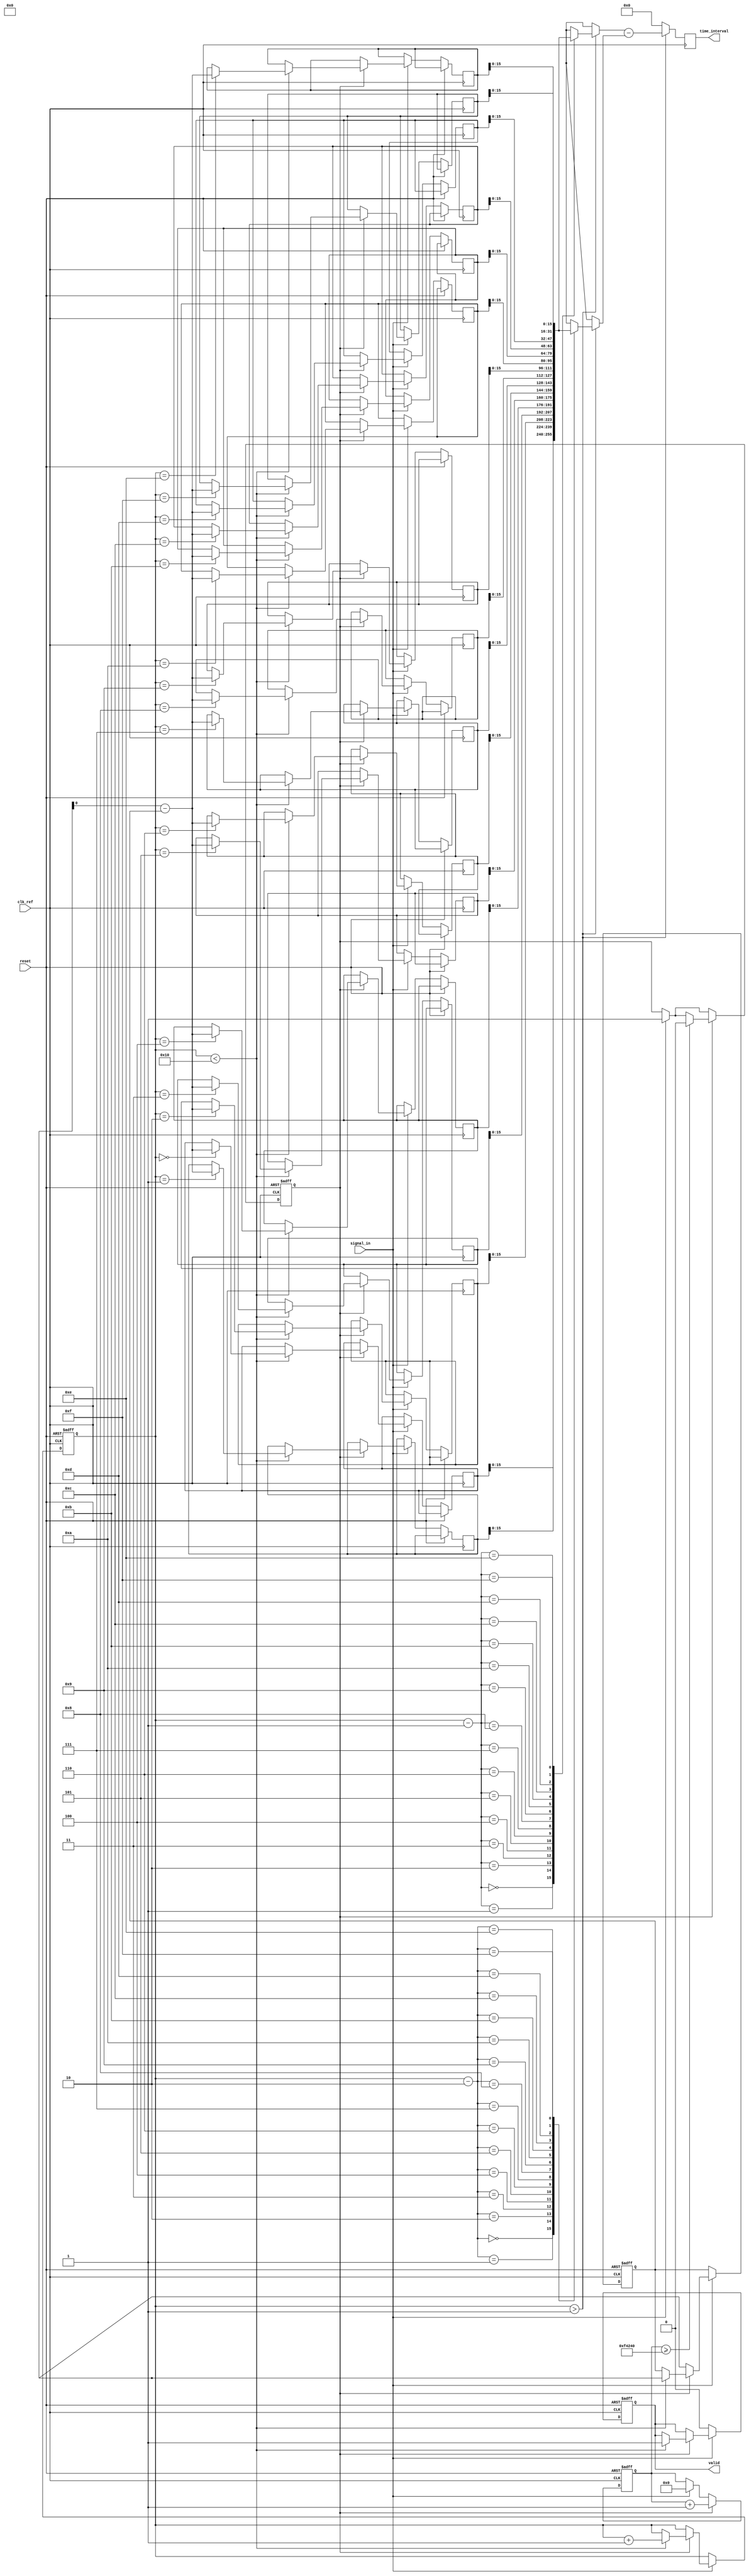
module TDC (
    input wire clk_ref,                // Reference clock
    input wire reset,                  // Asynchronous reset
    input wire signal_in,              // Input signal for edge detection
    output reg [15:0] time_interval,   // Output time interval
    output reg valid                   // Output valid signal
);

    // Parameter definitions
    parameter MEM_DEPTH = 16;          // Depth of memory for storing timestamps
    parameter TS_WIDTH = 32;            // Width of timestamp
    parameter TIMEOUT = 1000000;        // Timeout for measurement (in clock cycles)

    // Internal signals
    reg [TS_WIDTH-1:0] timestamp_mem [0:MEM_DEPTH-1]; // Memory array for timestamps
    reg [3:0] write_ptr;                // Pointer for writing timestamps
    reg [3:0] read_ptr;                 // Pointer for reading timestamps
    reg [TS_WIDTH-1:0] last_timestamp;  // Last captured timestamp
    reg measuring;                      // State flag for measurement
    reg [23:0] timeout_counter;         // Timeout counter

    // Edge detection and timestamp capture
    always @(posedge clk_ref or posedge reset) begin
        if (reset) begin
            write_ptr <= 0;
            read_ptr <= 0;
            last_timestamp <= 0;
            valid <= 0;
            measuring <= 0;
            timeout_counter <= 0;
        end else begin
            if (signal_in) begin
                if (!measuring) begin
                    // Start measurement
                    measuring <= 1;
                    timeout_counter <= 0;
                    last_timestamp <= $time;
                end else begin
                    // Capture timestamp on rising edge
                    if (write_ptr < MEM_DEPTH) begin
                        timestamp_mem[write_ptr] <= $time - last_timestamp;
                        last_timestamp <= $time;
                        write_ptr <= write_ptr + 1;
                        valid <= 1;
                    end
                end
            end else begin
                // Reset valid signal if no signal_in
                valid <= 0;
            end

            // Timeout handling
            if (measuring) begin
                timeout_counter <= timeout_counter + 1;
                if (timeout_counter >= TIMEOUT) begin
                    measuring <= 0; // Stop measuring on timeout
                end
            end
        end
    end

    // Time interval calculation
    always @(posedge clk_ref) begin
        if (write_ptr > 1) begin
            time_interval <= timestamp_mem[write_ptr - 1] - timestamp_mem[write_ptr - 2];
        end else begin
            time_interval <= 0; // No valid interval if not enough data
        end
    end

    // Read operation (example, can be modified for your needs)
    always @(posedge clk_ref) begin
        if (valid) begin
            // Example processing of the valid time_interval
            // More complex logic can be added here for outputting data, etc.
        end
    end

endmodule